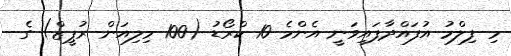
މި ފިލްމު އުފައްދާފައިވަނީ އެންމެ 10 ކްރޯޑު (100 މިލިއަން ރުޕީޒް) ގެ